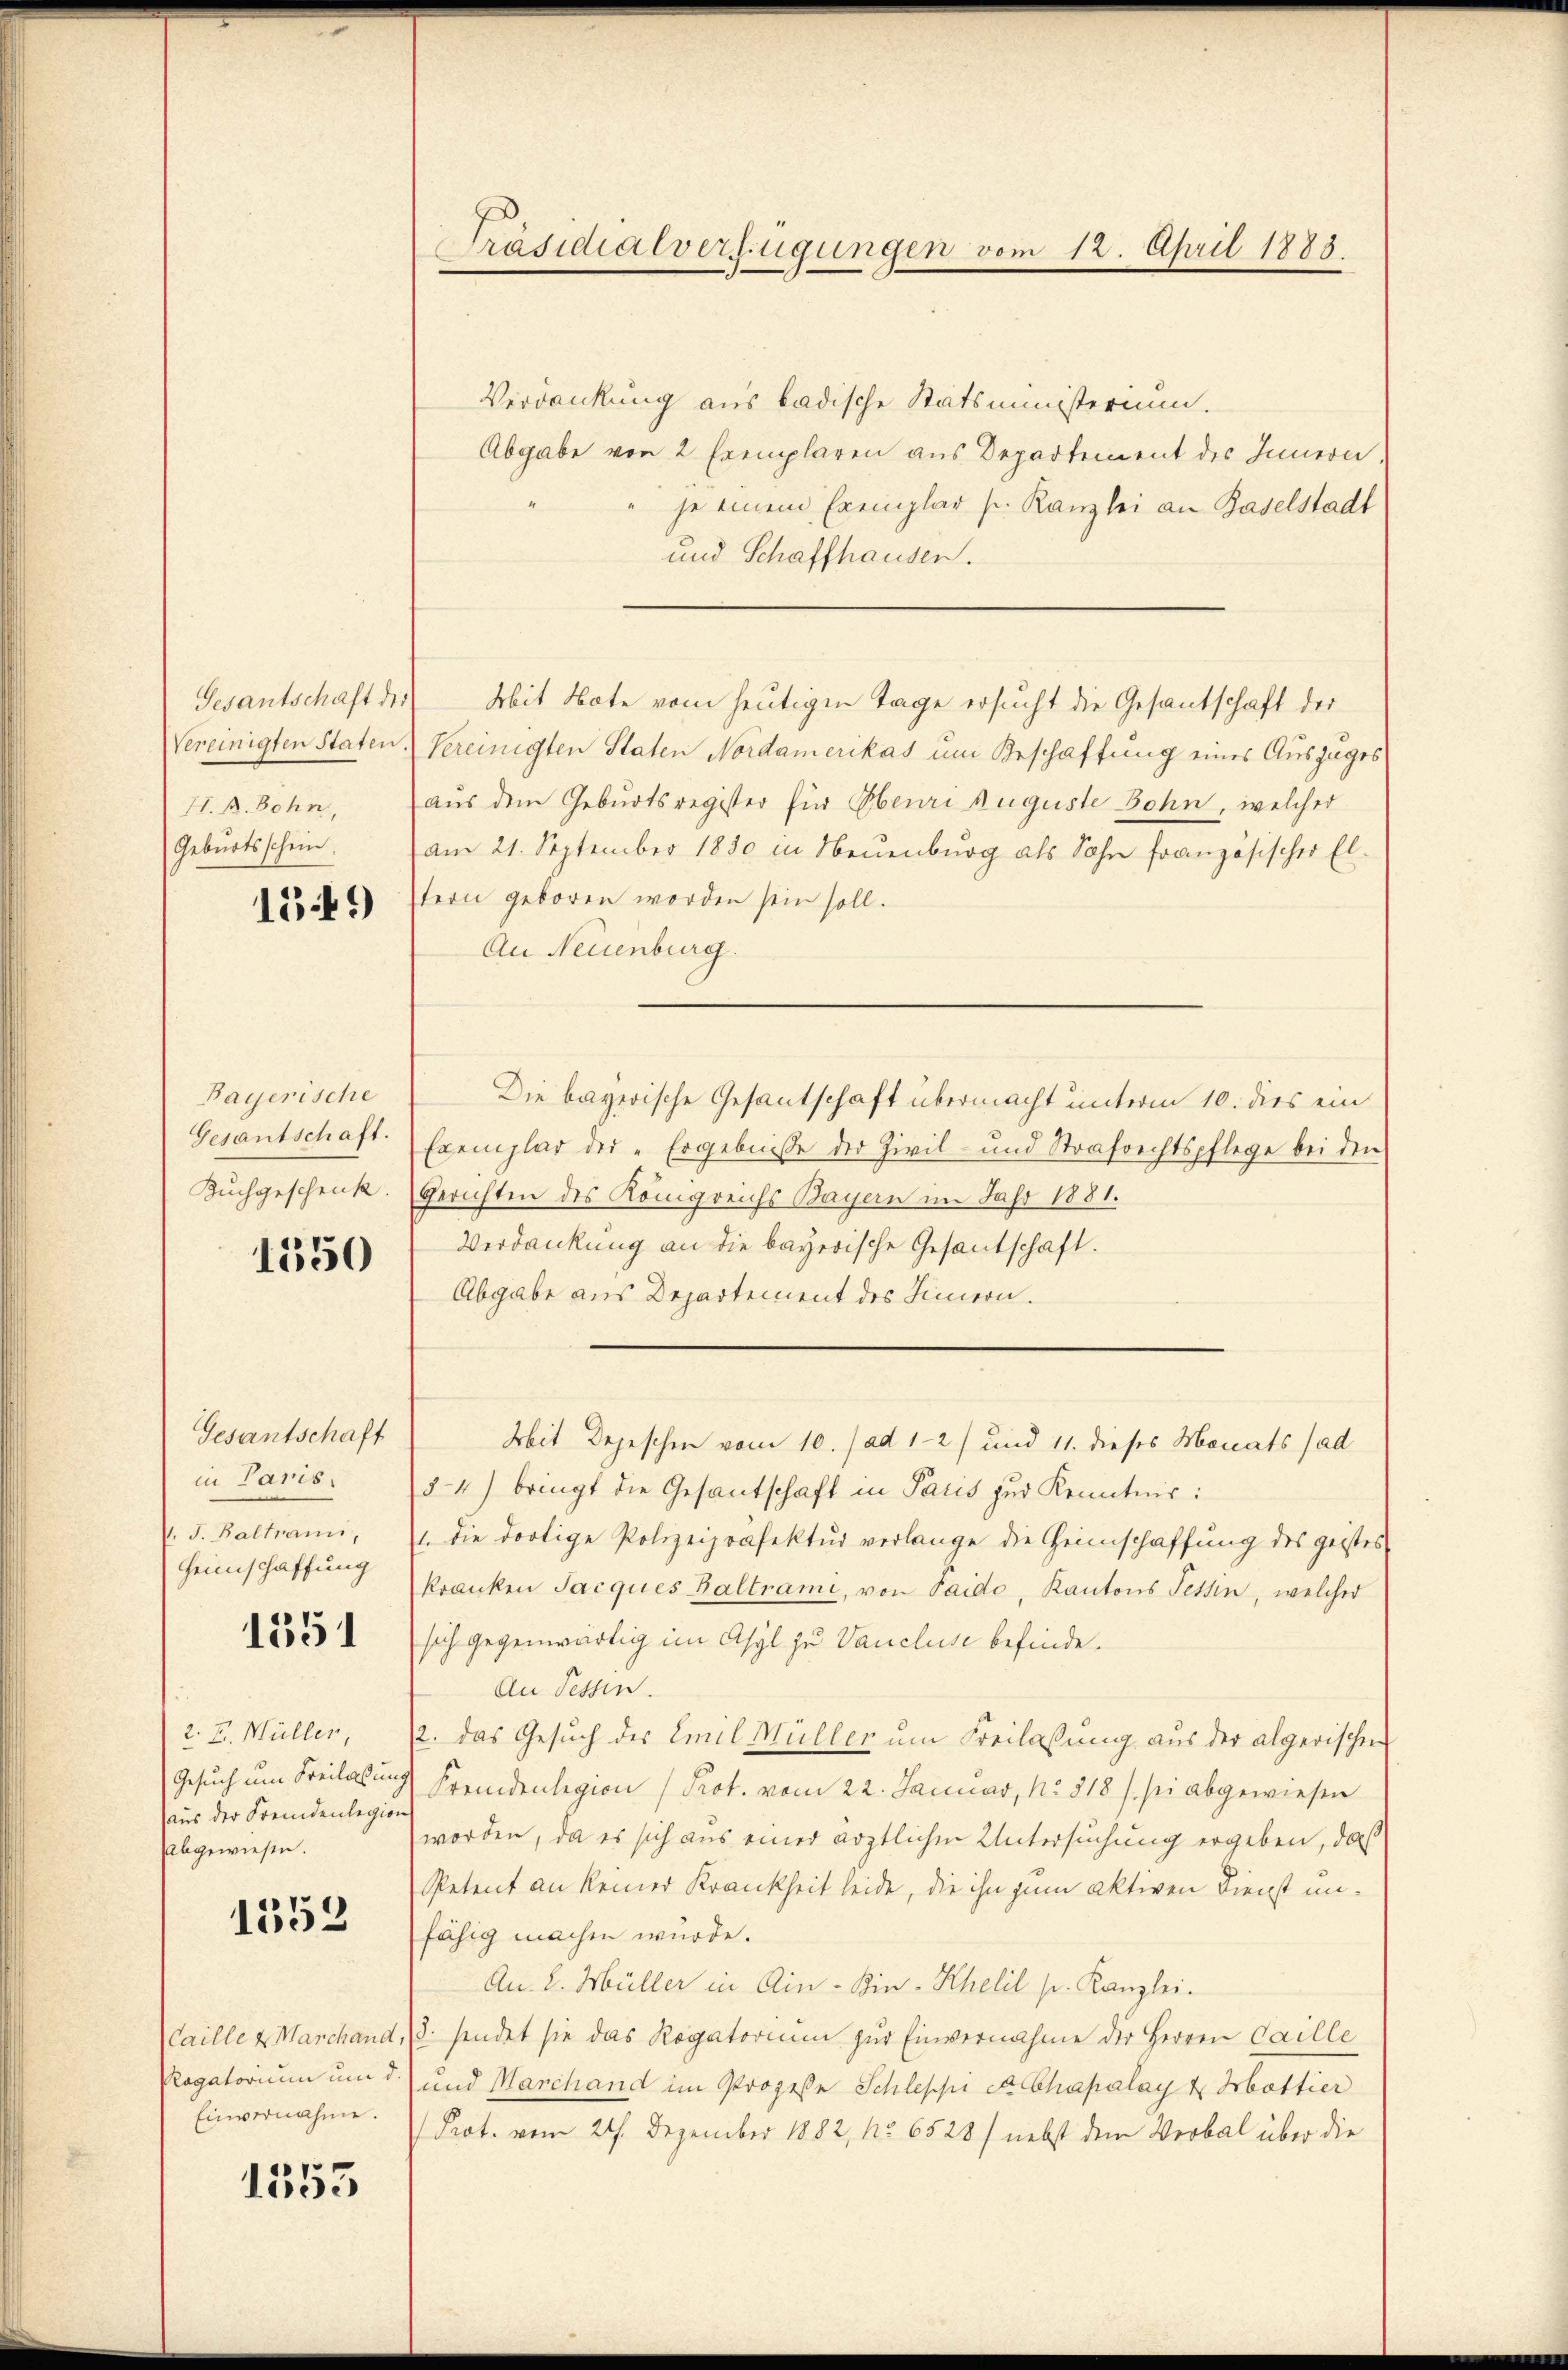
Gesantschaft des
Vereinigten Staten.
(Geburtsschein.

1549

Bayerische
Gesantschaft.

1550

Gesantschaft
in Paris,
f. J. Baltrann,
Heimschaffung

1351

2. E. Müller,
Gesuch um Freilassung
(aus der Fremdenlegion
abgewiesen.

1552

Caille & Marchand,
Plogatorium um d.
Einvernahme.

1353

Präsidialverfügungen vom 12. April 1888.

Verdankung aus badische Statsministerium.
Abgabe von 2 Exemplaren aus Departement des Innern.
je einem Exemplar s. Kanzlei an Baselstadt
und Schaffhausen.
Mit Note vom heutigen Tage ersucht die Gesantschaft der
Vereinigten Staten Nordamerikas um Beschaffung eines Auszuges
II. A. Bohn, aus dem Geburtsregister für Obenri Auguste Bohn, welcher
am 21. September 1850 in Neuenburg als Sohn französischer Eltern geboren worden sein soll.
An Neuenburg.
Die bayerische Gesantschaft übermacht unterm 10. dies ein
Exemplar der „Ergebnisse der Zivil- und Strafrechtspflege bei den
Buchgeschenk. Gerichten des Königreichs Bayern im Jahr 1881.
Verdankung an die bayerische Gesantschaft.
Abgabe aus Departement des Sinnern.
Mit Depeschen vom 10. / ad 121 und 11. dieses Monats (ad
54) bringt die Gesandschaft in Paris zur Kenntnis:
1. die dortige Polizeipräfektur verlange die Heimschaffung des geistes
kranken Jacques Baltrami, von Saido, Kantons Tessin, welcher
sich gegenwärtig im Asyl zu Vancluse befinde.
An Fessen.
12. das Gesuch des Emil Müller um Freilassung aus der algerischen
Fremdenlegion (Prot. vom 22. Januar, No 518 s. sei abgewiesen
worden, da es sich aus einer ärztlichen Untersuchung ergeben, daß
Petent an keiner Krankheit leide, die ihn zum aktiven Dienst unfähig machen würde.
An. 2. Müller in Ain-Bin- Khelil s. Kanzlei.
8. sendet sie das Rogatorium zur Einvernahme der Herren Caille
und Marchand im Prozeße Schleppi et Chapalay & Hottier
Prot. vom 21. Dezember 1882, No 6528) nebst dem Verbal über die